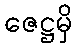
ဇေဋ္ဌမှိ